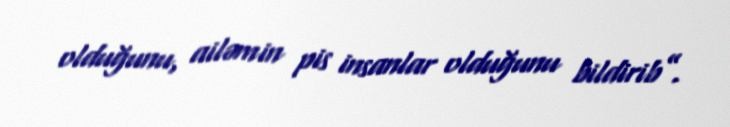
olduğunu, ailəmin pis insanlar olduğunu bildirib”.